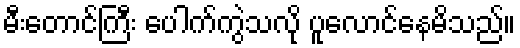
မီးတောင်ကြီး ပေါက်ကွဲသလို ပူလောင်နေမိသည်။